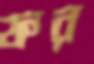
ফর